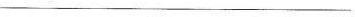
___